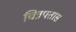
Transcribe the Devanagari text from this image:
चित्रपतास